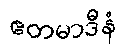
ဧတမာဒီနံ